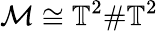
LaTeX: \mathcal{M}\cong\mathbb{T}^{2}\# \mathbb{T}^{2}